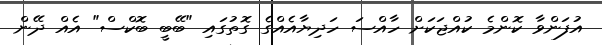
އުފަންވާ ކޮންމެ ކުއްޖަކަށް ހާއްސަ ހަދިޔާއެއްގެ ގޮތުގައި "ބޭބީ ބޮކްސް" އެއް ދޭން